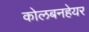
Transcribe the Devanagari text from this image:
कोलबनहेयर